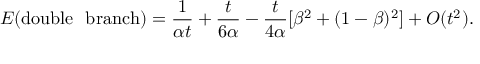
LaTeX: E ( \mathrm { d o u b l e ~ ~ b r a n c h } ) = \frac { 1 } { \alpha t } + \frac { t } { 6 \alpha } - \frac { t } { 4 \alpha } [ \beta ^ { 2 } + ( 1 - \beta ) ^ { 2 } ] + O ( t ^ { 2 } ) .